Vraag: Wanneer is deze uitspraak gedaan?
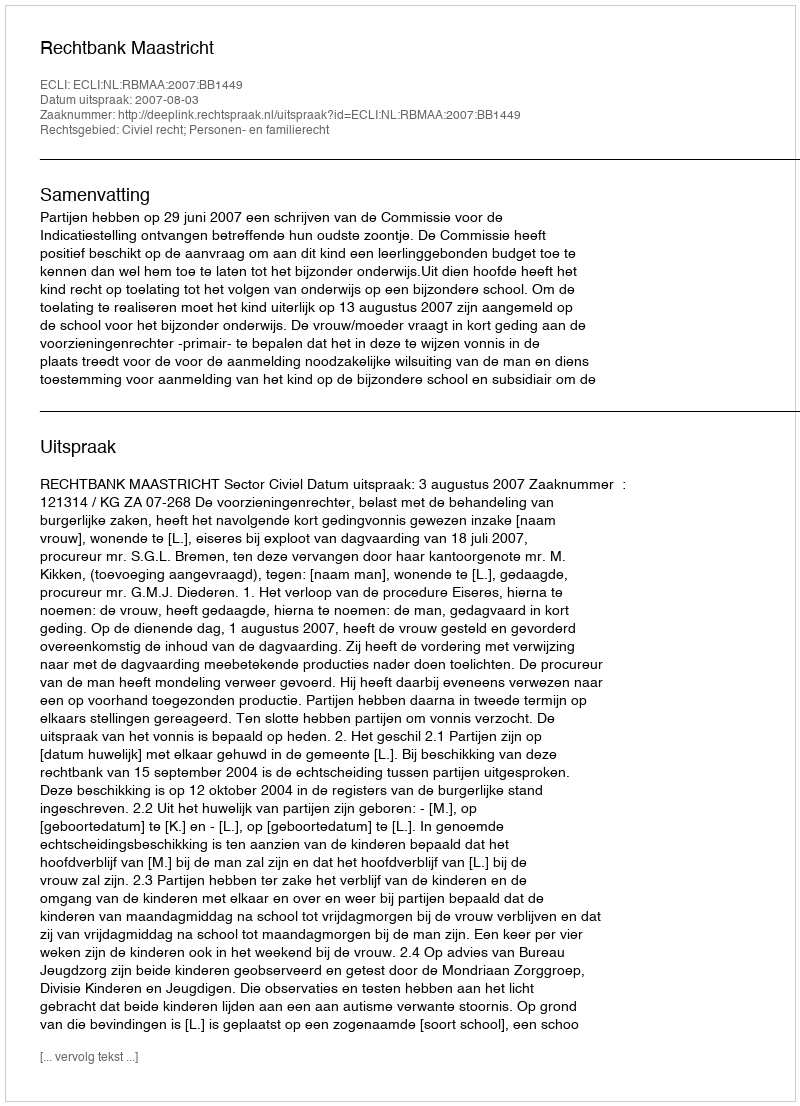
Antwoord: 2007-08-03